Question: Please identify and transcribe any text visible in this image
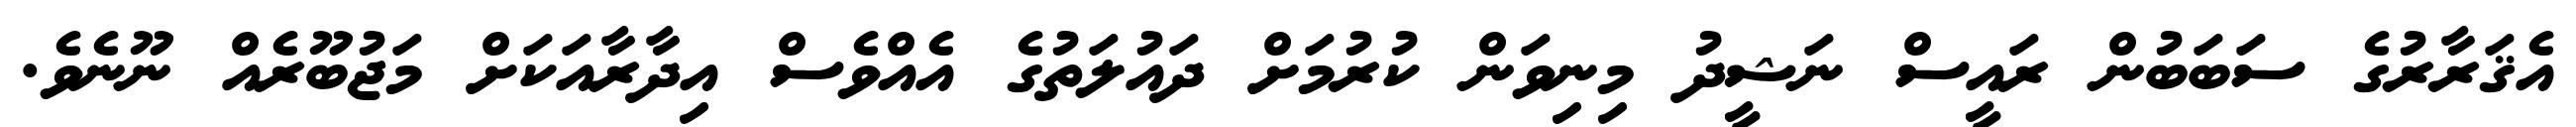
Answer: އެޤަރާރުގެ ސަބަބުން ރައީސް ނަޝީދު މިނިވަން ކުރުމަށް ދައުލަތުގެ އެއްވެސް އިދާރާއަކަށް މަޖުބޫރެއް ނޫނެވެ.